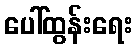
ပေါ်ထွန်းရေး